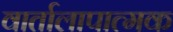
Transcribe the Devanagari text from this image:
वार्तालापात्मक